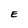
Character: E